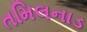
તમિલનાડ